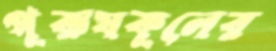
পুরুষকুলের